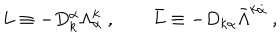
L \equiv - D _ { k } ^ { \alpha } \Lambda _ { \alpha } ^ { k } \ , \qquad \bar { L } \equiv - D _ { k \dot { \alpha } } \bar { \Lambda } ^ { k \dot { \alpha } } \ ,